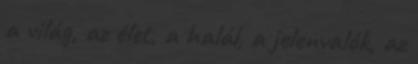
a világ, az élet, a halál, a jelenvalók, az